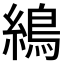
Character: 𦄋